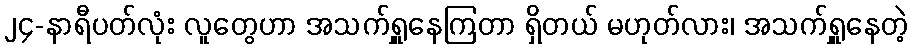
၂၄-နာရီပတ်လုံး လူတွေဟာ အသက်ရှူနေကြတာ ရှိတယ် မဟုတ်လား၊ အသက်ရှူနေတဲ့